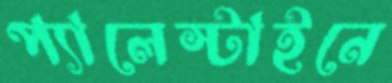
প্যালেস্টাইনে